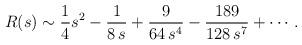
LaTeX: \begin{align*}R(s)\sim {1\over 4} s^2 -{1\over 8\, s} + {9\over 64\, s^4} -{189\over 128\, s^7} +\cdots \, .\end{align*}